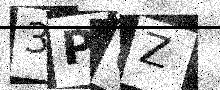
Text: 3P6Z